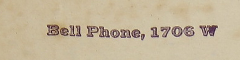
Bell Phone, 1706 W